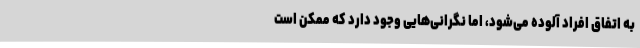
به اتفاق افراد آلوده می‌شود، اما نگرانی‌هایی وجود دارد که ممکن است